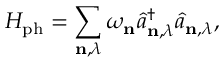
H _ { \mathrm { p h } } = \sum _ { \mathbf { n } , \lambda } \omega _ { \mathbf { n } } \hat { a } _ { \mathbf { n } , \lambda } ^ { \dagger } \hat { a } _ { \mathbf { n } , \lambda } ,